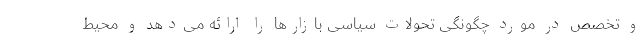
و تخصص در مورد چگونگی تحولات سیاسی بازارها را ارائه می‌دهد و محیط